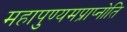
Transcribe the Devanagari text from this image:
महापुण्यमप्राप्नोति